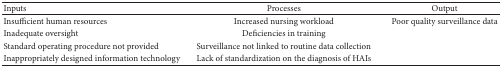
| Inputs | Processes | Output |
 | --- | --- | --- |
 | Insufficient human resources | Increased nursing workload | Poor quality surveillance data |
 | Inadequate oversight | Deficiencies in training |  |
 | Standard operating procedure not provided | Surveillance not linked to routine data collection |  |
 | Inappropriately designed information technology | Lack of standardization on the diagnosis of HAIs |  |